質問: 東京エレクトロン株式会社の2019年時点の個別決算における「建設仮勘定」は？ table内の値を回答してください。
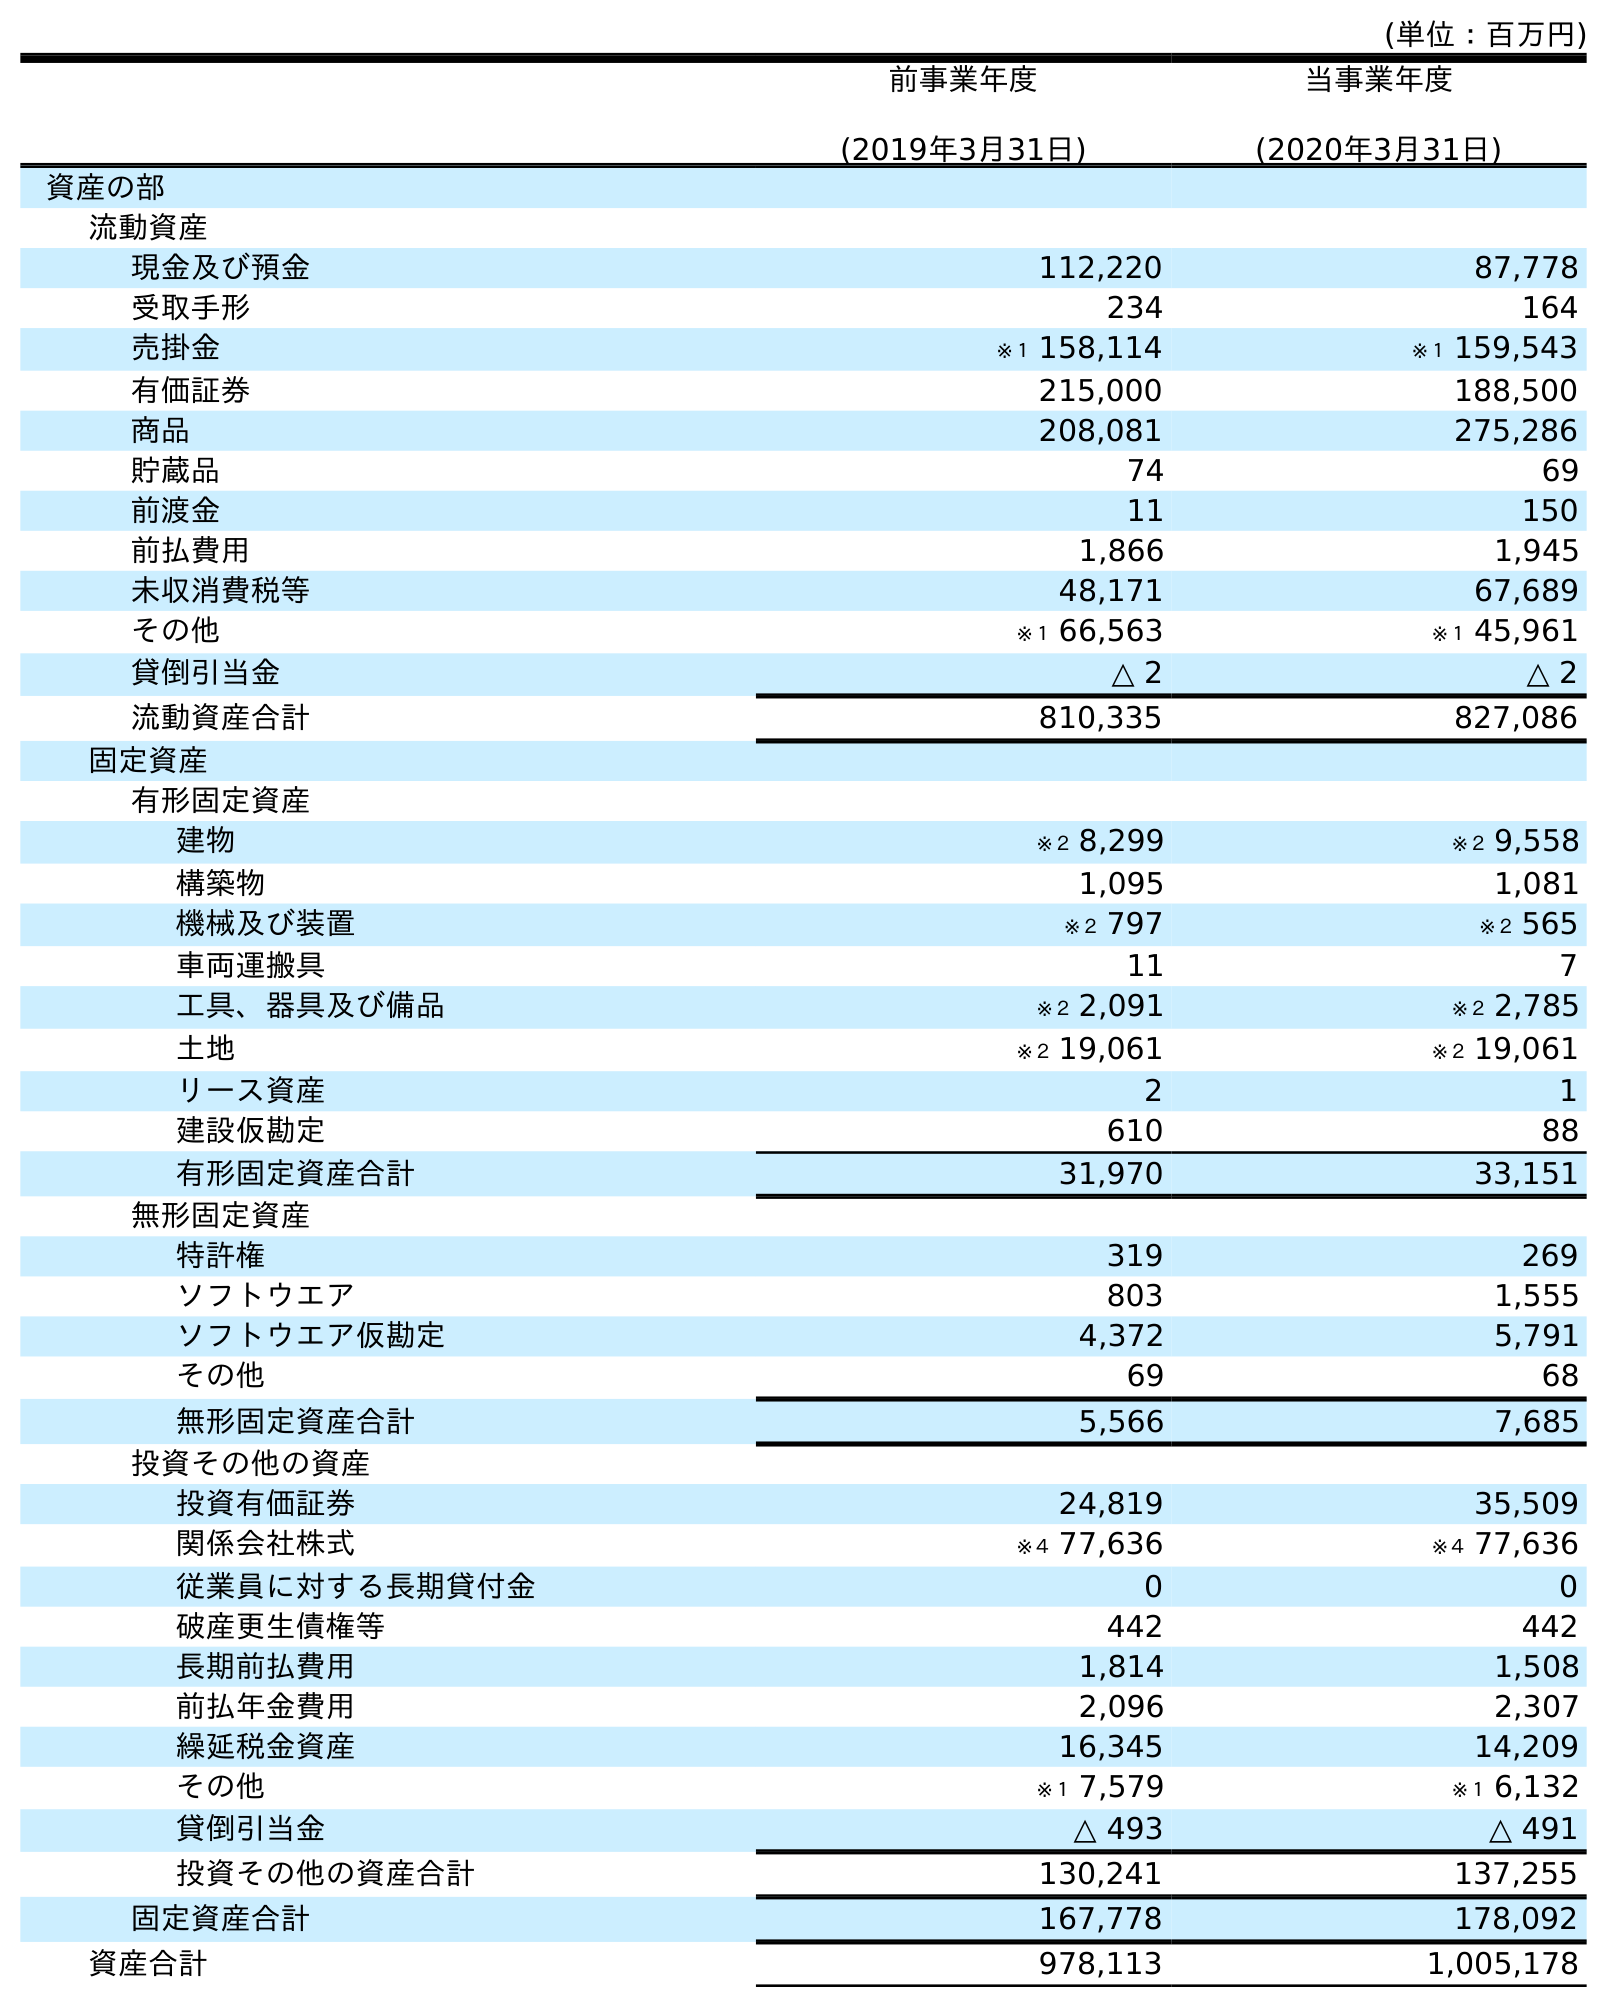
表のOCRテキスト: (単位：百万円) 前事業年度 (2019年3月31日) 当事業年度 (2020年3月31日) 資産の部 流動資産 現金及び預金 112,220 87,778 受取手形 234 164 売掛金 ※１ 158,114 ※１ 159,543 有価証券 215,000 188,500 商品 208,081 275,286 貯蔵品 74 69 前渡金 11 150 前払費用 1,866 1,945 未収消費税等 48,171 67,689 その他 ※１ 66,563 ※１ 45,961 貸倒引当金 △ 2 △ 2 流動資産合計 810,335 827,086 固定資産 有形固定資産 建物 ※２ 8,299 ※２ 9,558 構築物 1,095 1,081 機械及び装置 ※２ 797 ※２ 565 車両運搬具 11 7 工具、器具及び備品 ※２ 2,091 ※２ 2,785 土地 ※２ 19,061 ※２ 19,061 リース資産 2 1 建設仮勘定 610 88 有形固定資産合計 31,970 33,151 無形固定資産 特許権 319 269 ソフトウエア 803 1,555 ソフトウエア仮勘定 4,372 5,791 その他 69 68 無形固定資産合計 5,566 7,685 投資その他の資産 投資有価証券 24,819 35,509 関係会社株式 ※４ 77,636 ※４ 77,636 従業員に対する長期貸付金 0 0 破産更生債権等 442 442 長期前払費用 1,814 1,508 前払年金費用 2,096 2,307 繰延税金資産 16,345 14,209 その他 ※１ 7,579 ※１ 6,132 貸倒引当金 △ 493 △ 491 投資その他の資産合計 130,241 137,255 固定資産合計 167,778 178,092 資産合計 978,113 1,005,178
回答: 610